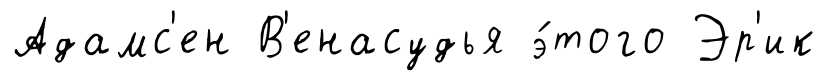
Адамс'ен В'енасудья э́того Эр'ик